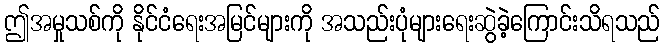
ဤအမှုသစ်ကို နိုင်ငံရေးအမြင်များကို အသည်းပုံများရေးဆွဲခဲ့ကြောင်းသိရသည်